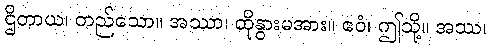
ဌိတာယ၊ တည်သော။ အဿာ၊ ထိုနွားမအား။ ဧဝံ၊ ဤသို့။ အဿ၊